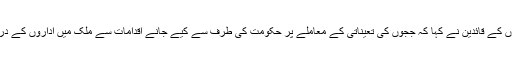
اُدھر اس معاملے پر ایوان بالا یعنی سینیٹ کے اجلاس میں حزب اختلاف کی جماعتوں کے قائدین نے کہا کہ ججوں کی تعیناتی کے معاملے پر حکومت کی طرف سے کیے جانے اقدامات سے ملک میں اداروں کے درمیان تصادم کا خطرہ بڑھ گیا ہے جس سے اُن کے بقول عدم استحکام پیدا ہو گیا ہے۔